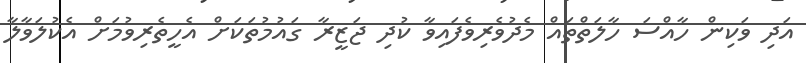
އަދި ވަކިން ހާއްސަ ހާލަތްތައް މެދުވެރިވެފައިވާ ކުދި ޖަޒީރާ ގައުމުތަކަށް އެހީތެރިވުމަށް އެކުލަވާލާ